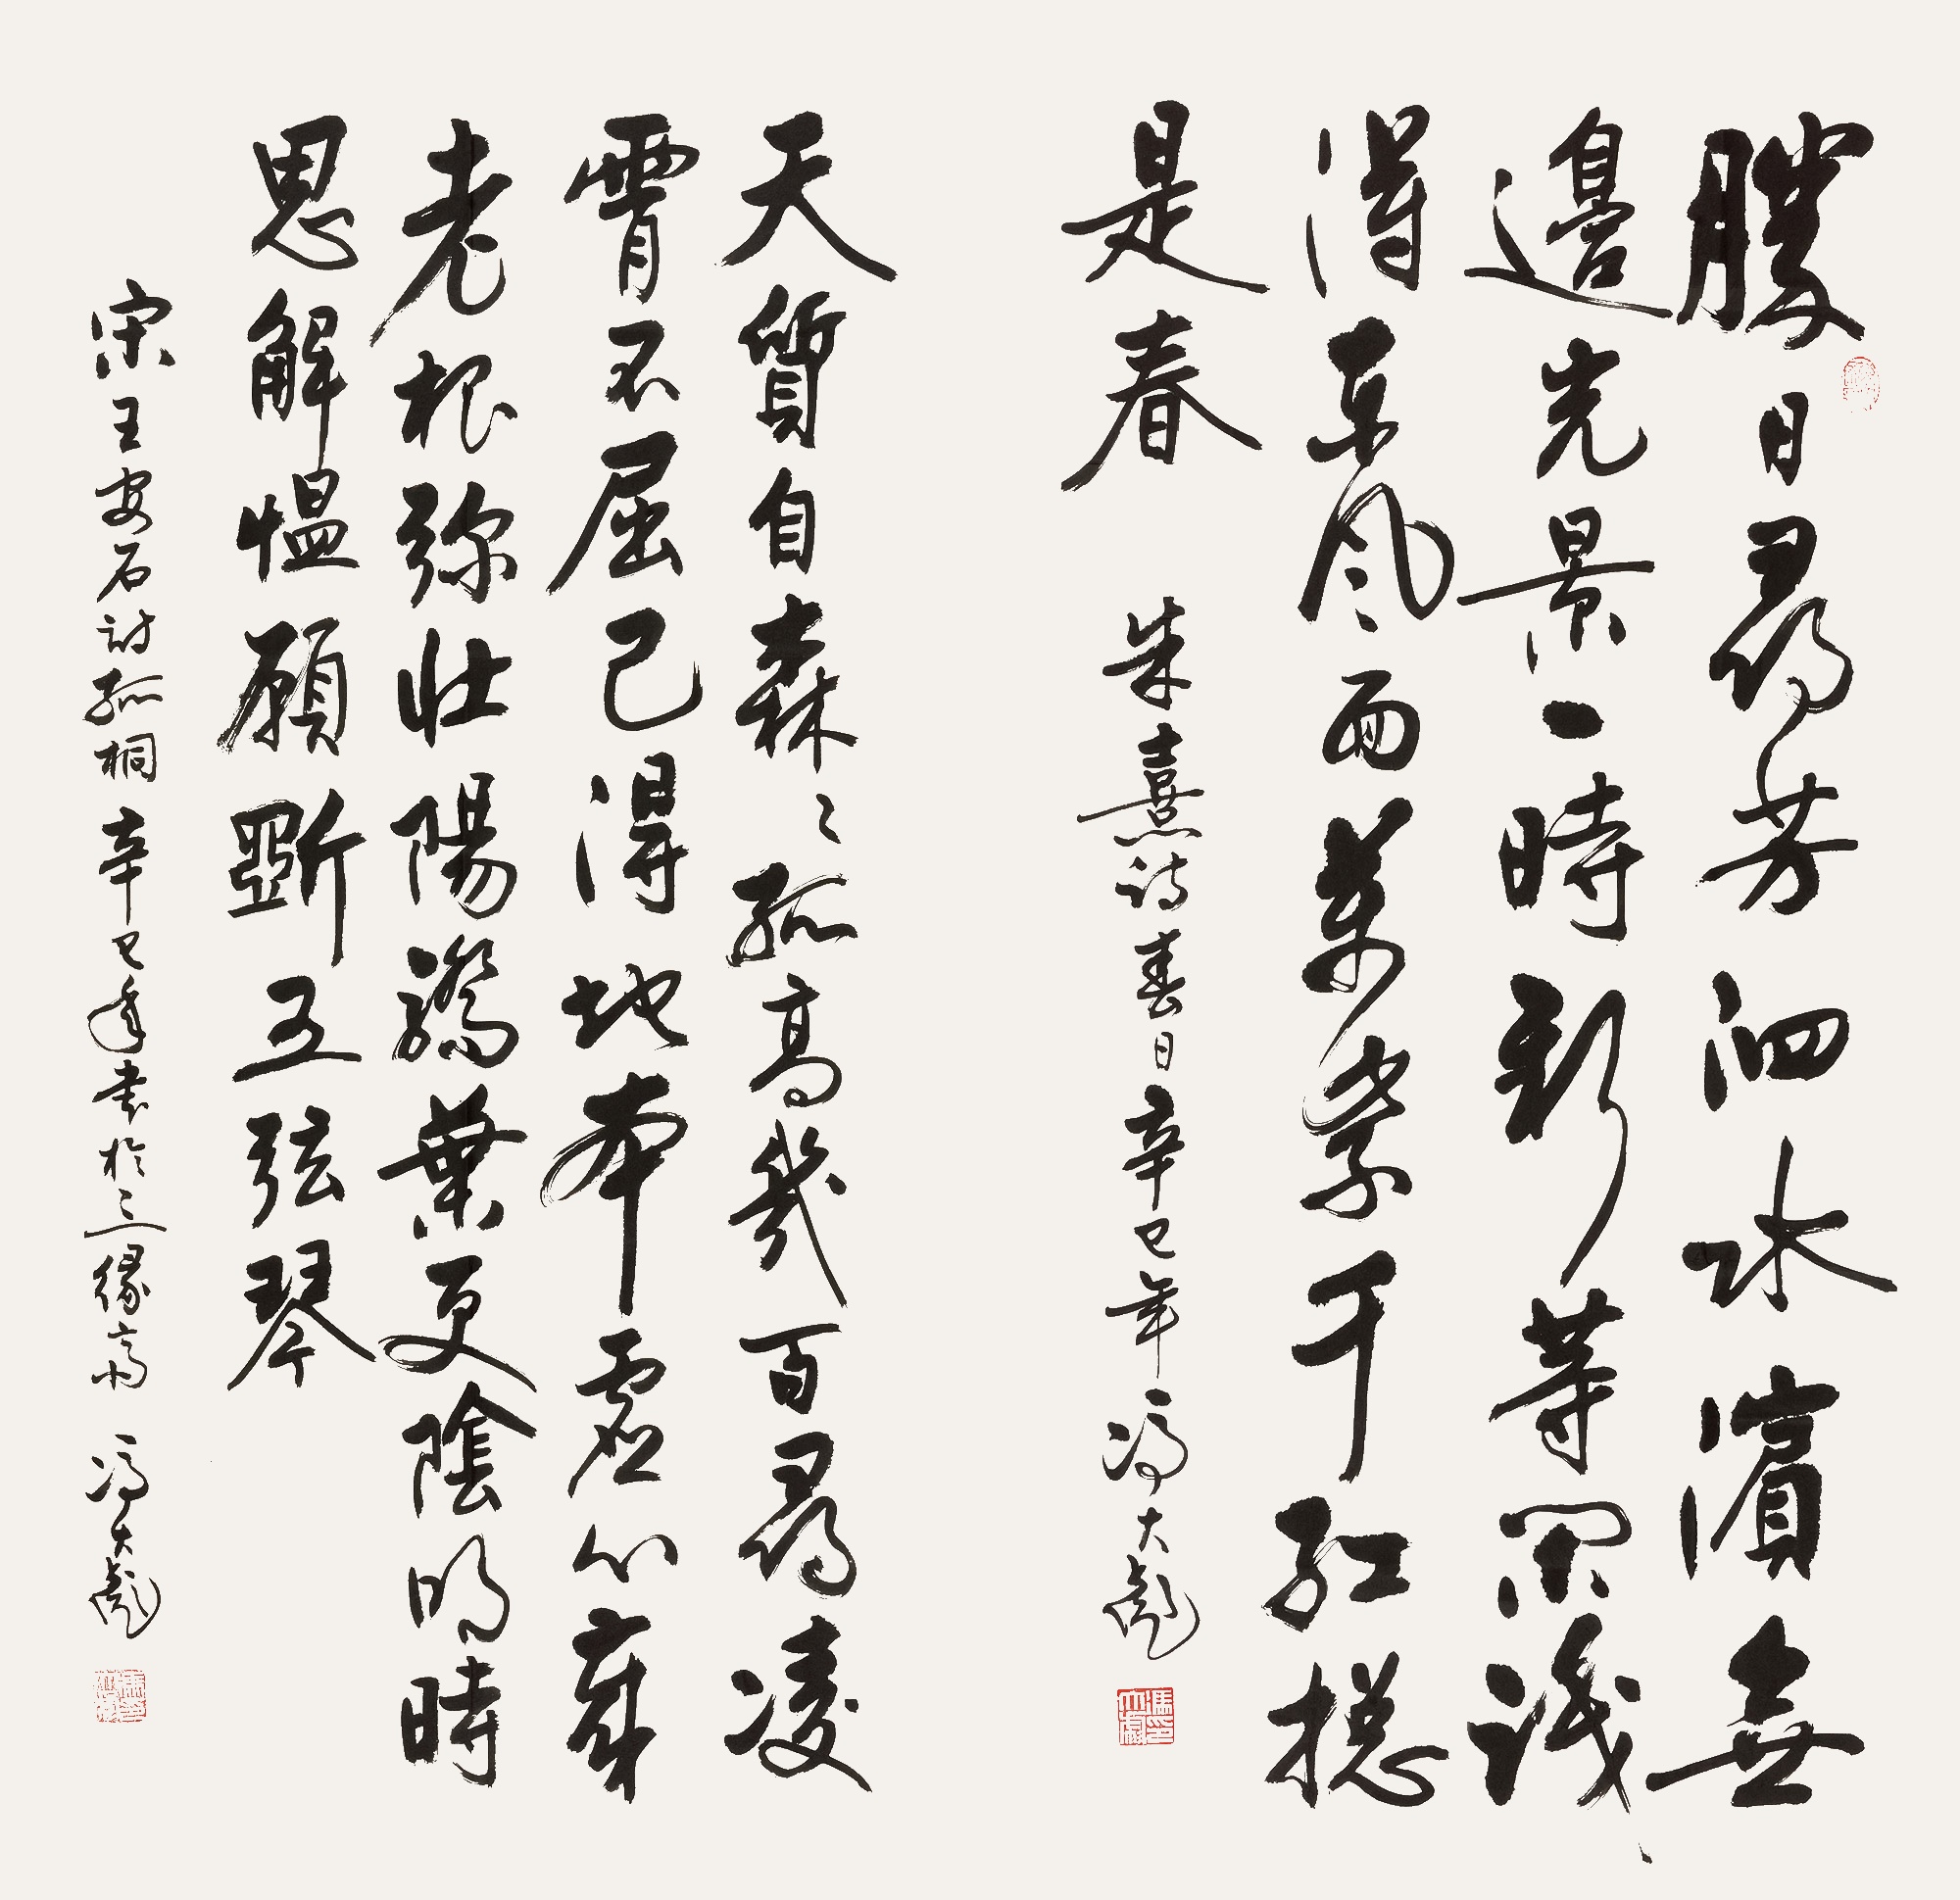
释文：胜日寻芳泗水滨，无边光景一时新。等闲识得东风面，万紫千红总是春。朱熹诗春日，辛巳年冯大彪。
天质自森森，孤高几百寻。凌霄不屈己，得地本虚心。岁老根弥壮，阳骄叶更阴。明时思解愠，愿斫五弦琴。宋王安石诗孤桐，辛巳年书于三缘斋，冯大彪。